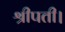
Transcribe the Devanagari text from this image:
श्रीपती।